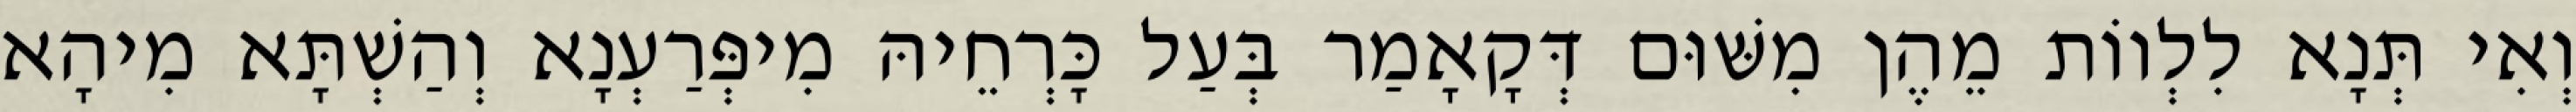
וְאִי תְּנָא לִלְווֹת מֵהֶן מִשּׁוּם דְּקָאָמַר בְּעַל כָּרְחֵיהּ מִיפְּרַעְנָא וְהַשְׁתָּא מִיהָא